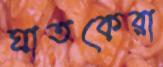
ঘাতকেরা